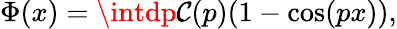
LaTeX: \Phi(x)=\intdp\mathcal{C}(p)(1-\cos(px)),